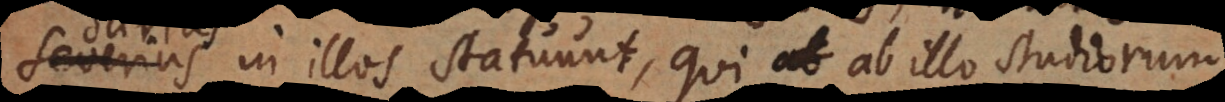
severius in illos statuunt, qui ab illo studiorum